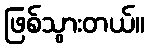
ဖြစ်သွားတယ်။